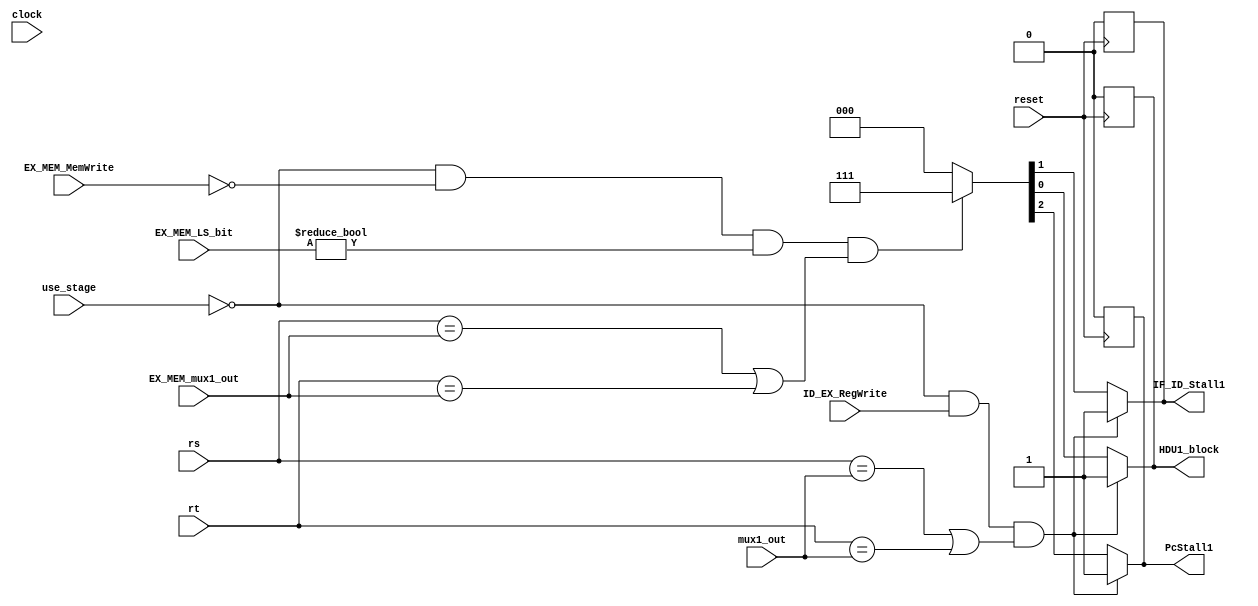
/*
    case (LS_bit)
    00 : no load/save
    01 : load/save word
    10 : load/save half word
    11 : load/save byte

    case (MemWrite)
    0 : no save
    1 : save

    case (use_stage)
    0 : ID
    1 : EX
*/

module HDU1 (
    input               clock,
    input               reset,
    input               use_stage,
    input               ID_EX_RegWrite,
    input       [ 1: 0] EX_MEM_LS_bit,
    input               EX_MEM_MemWrite,
    input       [ 4: 0] rs,
    input       [ 4: 0] rt,
    input       [ 5: 0] mux1_out,
    input       [ 5: 0] EX_MEM_mux1_out,
    output reg          PcStall1,
    output reg          IF_ID_Stall1,
    output reg          HDU1_block
);
    `define TARGET {PcStall1, IF_ID_Stall1, HDU1_block}
    // initial
    always @(posedge reset) begin
        `TARGET = {1'b0, 1'b0, 1'b0};
    end

    // judge next level's alu or load
    always @(*) begin
        if (use_stage == 0 && ID_EX_RegWrite &&         // next level to the branch and jump
        (rs == mux1_out || rt == mux1_out))
            `TARGET = {1'b1, 1'b1, 1'b1};
        else if (use_stage == 0 && 
            EX_MEM_MemWrite != 1 && EX_MEM_LS_bit != 2'b00 &&
            (rs == EX_MEM_mux1_out || rt == EX_MEM_mux1_out))
            `TARGET = {1'b1, 1'b1, 1'b1};
        else 
            `TARGET = {1'b0, 1'b0, 1'b0};
    end
    // judge the next of next level's load

endmodule // HDU1

module HDU2 (
    input               clock,
    input               reset,
    input               use_stage,
    input       [ 1: 0] ID_EX_LS_bit,
    input               ID_EX_MemWrite,
    input       [ 4: 0] rs,
    input       [ 4: 0] rt,
    input       [ 5: 0] mux1_out,
    output reg          PcStall2,
    output reg          IF_ID_Stall2,
    output reg          HDU2_block
);
    `define TARGET  {PcStall2, IF_ID_Stall2, HDU2_block}

    // initial 
    always @(posedge reset) begin
        `TARGET = {1'b0, 1'b0, 1'b0};
    end

    // solve load-use conflict
    always @(*) begin
        // stall the pipeline when load-use
        // "ID_EX_MemWrite != 1 && ID_EX_LS_bit != 2'b00" make sure the instruction is a load
        if (use_stage == 1 && 
            ID_EX_MemWrite != 1 && ID_EX_LS_bit != 2'b00 && 
            (rs == mux1_out || rt == mux1_out))
            `TARGET = {1'b1, 1'b1, 1'b1};
        else
            `TARGET = {1'b0, 1'b0, 1'b0};
    end

endmodule //HDU2